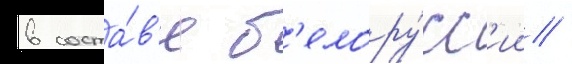
в соста́в'е б'елору́сс'ии /